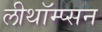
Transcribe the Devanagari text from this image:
लीथॉम्प्सन